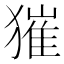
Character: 獕